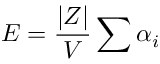
E = \frac { | Z | } { V } \sum \alpha _ { i }